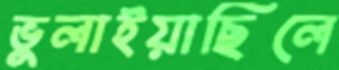
ভুলাইয়াছিলে